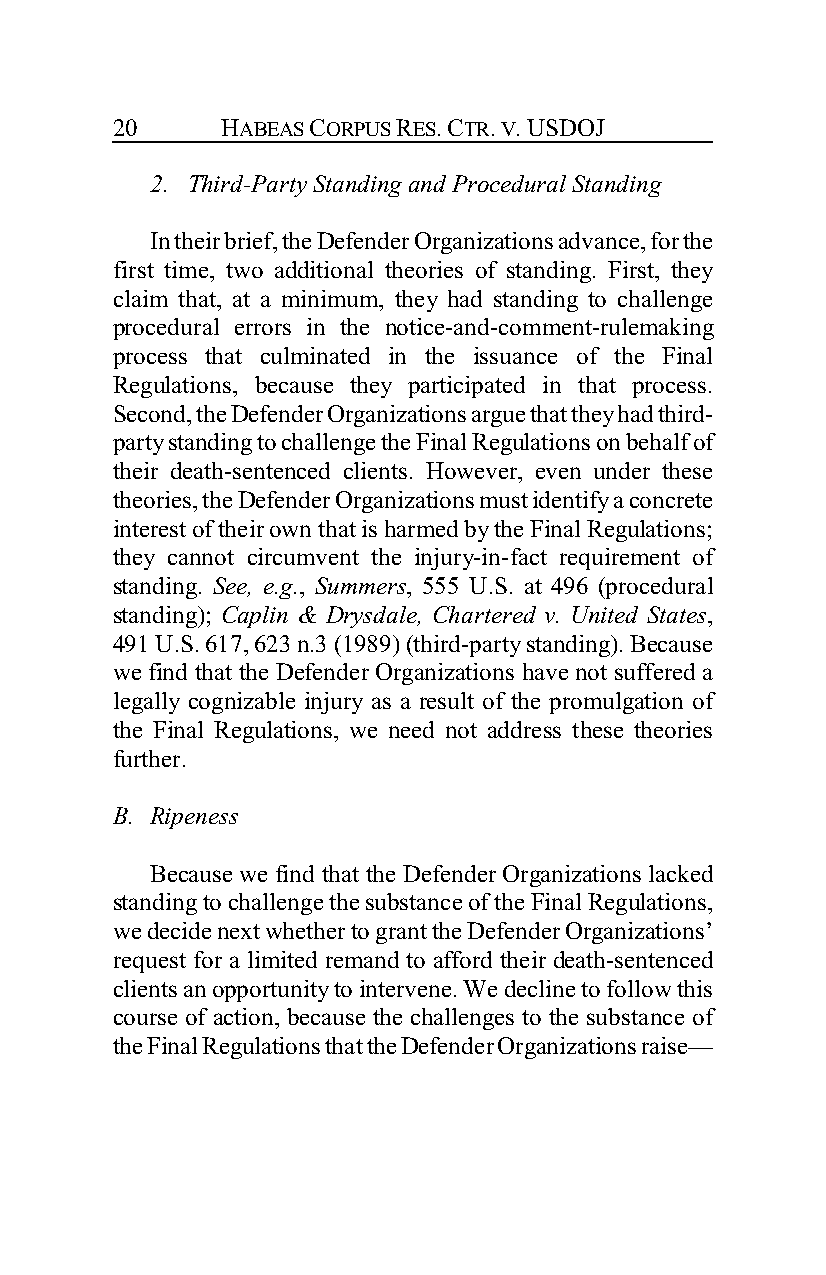
20      HABEAS CORPUS RES. CTR. V. USDOJ
 2. Third-Party Standing and Procedural Standing
 In their brief, the Defender Organizations advance, for the
 first time, two additional theories of standing. First, they
 claim that, at a minimum, they had standing to challenge
 procedural errors in the notice-and-comment-rulemaking
 process that culminated in the issuance of the Final
 Regulations, because they participated in that process.
 Second, the Defender Organizations argue that they had third-
 party standing to challenge the Final Regulations on behalf of
 their death-sentenced clients. However, even under these
 theories, the Defender Organizations must identify a concrete
 interest of their own that is harmed by the Final Regulations;
 they cannot circumvent the injury-in-fact requirement of
 standing. See, e.g., Summers, 555 U.S. at 496 (procedural
 standing); Caplin & Drysdale, Chartered v. United States,
 491 U.S. 617, 623 n.3 (1989) (third-party standing). Because
 we find that the Defender Organizations have not suffered a
 legally cognizable injury as a result of the promulgation of
 the Final Regulations, we need not address these theories
 further.
 B. Ripeness
 Because we find that the Defender Organizations lacked
 standing to challenge the substance of the Final Regulations,
 we decide next whether to grant the Defender Organizations’
 request for a limited remand to afford their death-sentenced
 clients an opportunity to intervene. We decline to follow this
 course of action, because the challenges to the substance of
 the Final Regulations that the Defender Organizations raise—